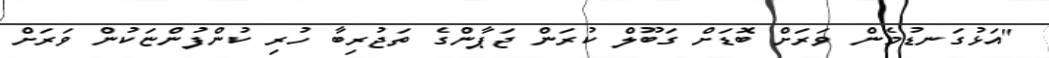
"އަޅުގަނޑުމެން ވަރަށް ބޮޑަށް ގަބޫލް ކުރަން ޖަޕާންގެ ތަޖުރިބާ ހުރި ކުންފުންޏަކުން ވަރަށް